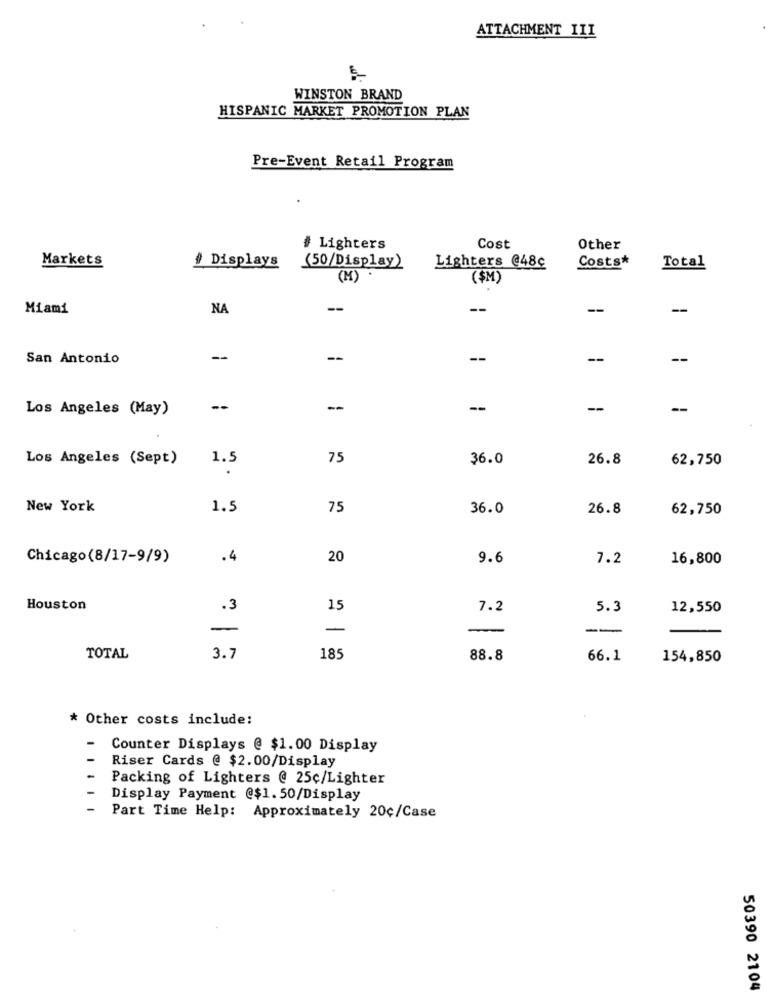
ATTACHMENT III
WINSTON BRAND
HISPANIC MARKET PROMOTION PLAN
Pre-Event Retail Program
# Lighters
Cost
Other
Markets
Lighters @48c
# Displays
(50/Display)
Costs*
Total
(M)
($M)
Miami
NA
--
--
--
--
San Antonio
--
--
--
--
--
Los Angeles (May)
--
--
-
--
Los Angeles (Sept)
1.5
75
36.0
26.8
62,750
New York
1.5
75
36.0
26.8
62,750
Chicago(8/17-9/9)
.4
20
9.6
7.2
16,800
Houston
.3
15
7.2
5.3
12,550
-
-
--
TOTAL
3.7
185
88.8
66.1
154,850
* Other costs include:
Counter Displays @ $1.00 Display
Riser Cards @ $2.00/Display
Packing of Lighters @ 25c/Lighter
Display Payment @$1.50/Display
Part Time Help: Approximately 20¢/Case
50390 2104